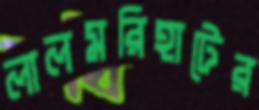
লালমরিহাটের